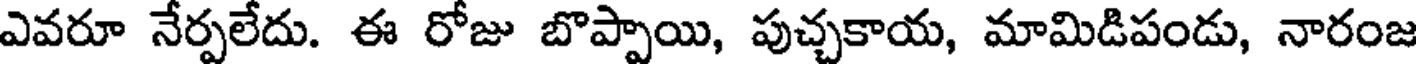
ఎవరూ నేర్పలేదు. ఈ రోజు బొప్పాయి, పుచ్చకాయ, మామిడిపండు, నారంజ